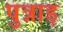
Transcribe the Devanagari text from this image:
पुन्नाड़